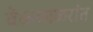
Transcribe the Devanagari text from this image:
वेळ्ळाळरांत